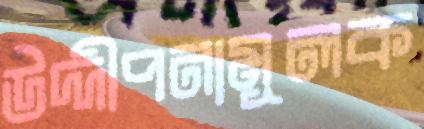
উদ্দীপনামূলক